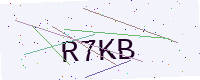
Text: R7KB